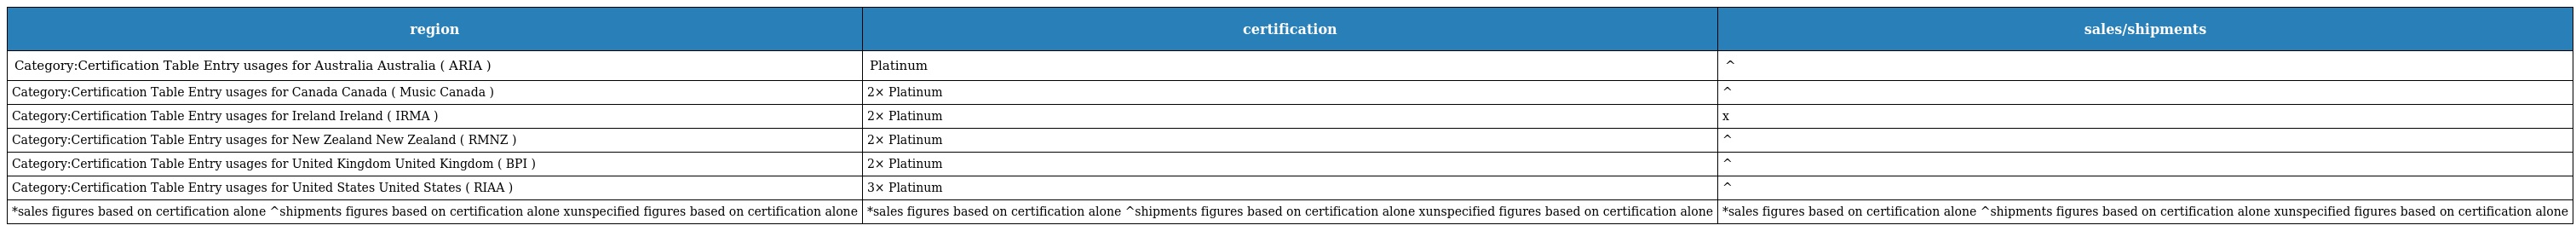
| region | certification | sales/shipments |
 | --- | --- | --- |
 | Category:Certification Table Entry usages for Australia Australia ( ARIA ) | Platinum | ^ |
 | Category:Certification Table Entry usages for Canada Canada ( Music Canada ) | 2× Platinum | ^ |
 | Category:Certification Table Entry usages for Ireland Ireland ( IRMA ) | 2× Platinum | x |
 | Category:Certification Table Entry usages for New Zealand New Zealand ( RMNZ ) | 2× Platinum | ^ |
 | Category:Certification Table Entry usages for United Kingdom United Kingdom ( BPI ) | 2× Platinum | ^ |
 | Category:Certification Table Entry usages for United States United States ( RIAA ) | 3× Platinum | ^ |
 | *sales figures based on certification alone ^shipments figures based on certification alone xunspecified figures based on certification alone | *sales figures based on certification alone ^shipments figures based on certification alone xunspecified figures based on certification alone | *sales figures based on certification alone ^shipments figures based on certification alone xunspecified figures based on certification alone |